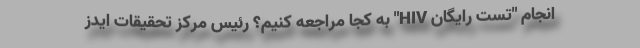
انجام "تست رایگان HIV" به کجا مراجعه کنیم؟ رئیس مرکز تحقیقات ایدز